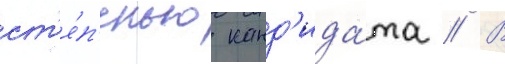
ст'е́п'енью канд'ида́та // В